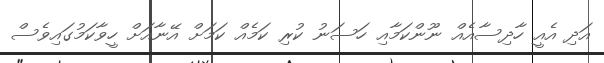
އަދި އެއީ ހާދިސާއެއް ނޫންކަމާއި ހަސަނު ކުރި ކަމެއް ކަމަށް އޭނާއަށް ހީވާކަމުގައިވެސް